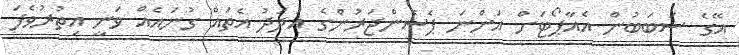
އޭގެ ސަބަބުން އެއާޕޯޓަށް އަންނަ ޕެސެންޖަރުންގެ އަދަދު އެތައް ގުނައެއް ވަނީ އިތުރުވެފަ